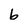
Character: b